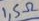
Text: 1,5Ω